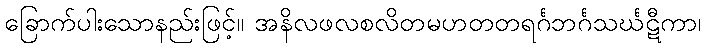
ခြောက်ပါးသောနည်းဖြင့်။ အနိလဖလစလိတမဟတတရင်္ဂဘင်္ဂသင်္ဃဋီကာ၊